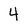
Character: 4